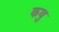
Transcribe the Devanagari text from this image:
कवु